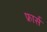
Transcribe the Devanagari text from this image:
फ्रार्स